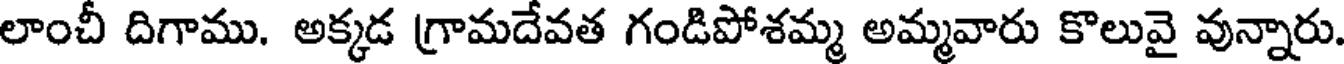
లాంచీ దిగాము. అక్కడ గ్రామదేవత గండిపోశమ్మ అమ్మవారు కొలువై వున్నారు.